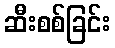
ဆီးစစ်ခြင်း